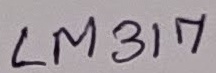
Text: LM317